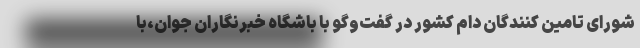
شورای تامین کنندگان دام کشور در گفت‌وگو با باشگاه خبرنگاران جوان،با